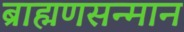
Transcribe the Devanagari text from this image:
ब्राह्मणसन्मान